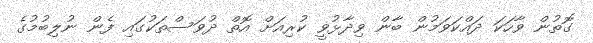
ގޮތުން ވާހަކަ ދައްކަވަމުން ބާން ވިދާޅުވީ ކުރިއަށް އޮތް ދުވަސްތަކުގައި ފެން ނުލިބުމުގެ